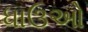
ધાઉઓ